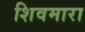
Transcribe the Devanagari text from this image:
शिवमारा